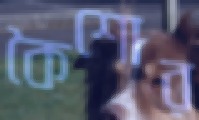
কৈশোর